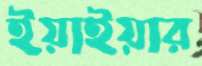
ইয়াইয়ার